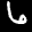
Digit: 3